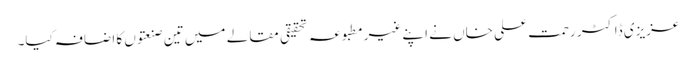
عزیزی ڈاکٹر رحمت علی خاں نے اپنے غیرمطبوعہ تحقیقی مقالے میں تین صنعتوں کا اضافہ کیا۔